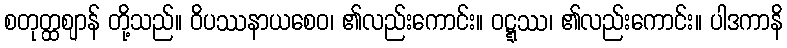
စတုတ္ထဈာန် တို့သည်။ ဝိပဿနာယစေဝ၊ ၏လည်းကောင်း။ ဝဋ္ဋဿ၊ ၏လည်းကောင်း။ ပါဒကာနိ